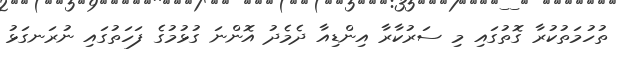
ތުހުމަތުކުރާ ގޮތުގައި މި ސަރުކާރާ އިންޑިއާ ދެމެދު އޮންނަ ގުޅުމުގެ ފަހަތުގައި ނުރަނގަޅު